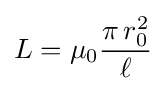
L=\mu _{0}{\frac {\pi \,r_{0}^{2}}{\ell }}